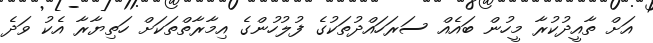
އަށް ތާއީދުކުރާ މީހުން ބައެއް ސަރަހައްދުތަކުގެ ފުލުހުންގެ އިމާރާތްތަކަށް ހަތިޔާރާ އެކު ވަދެ